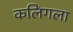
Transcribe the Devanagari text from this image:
कलिंगला